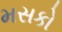
મસકો